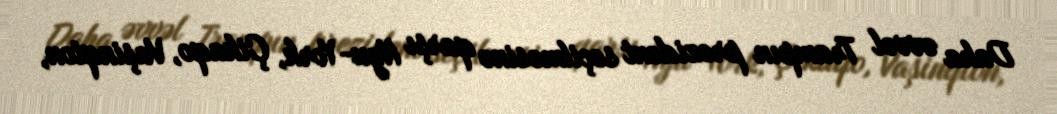
Daha əvvəl Trampın prezident seçilməsinə qarşı Nyu-York, Çikaqo, Vaşinqton,